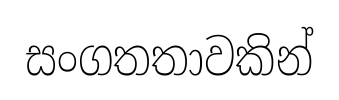
සංගතතාවකින්